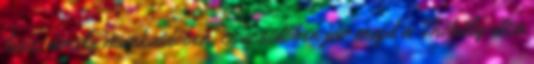
lesz, amely munkaidőben, csúcsidőben jár majd a Thököly utca